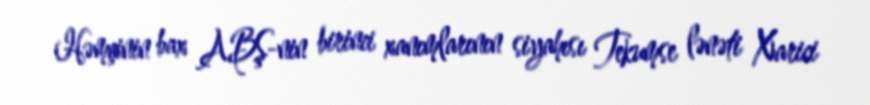
Həmçinin bax ABŞ-nin birinci xanımlarının siyahısı Tekumse lənəti Xarici